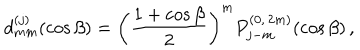
LaTeX: d _ { m m } ^ { ( j ) } ( \cos \beta ) = \left( \frac { 1 + \cos \beta } { 2 } \right) ^ { m } P _ { j - m } ^ { ( 0 , \, 2 m ) } ( \cos \beta ) \, ,